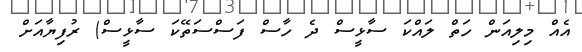
އެއް މިލިއަން ހަތް ލައްކަ ސާޅީސް ދެ ހާސް ފަސްސަތޭކަ ސާޅީސް) ރުފިޔާއަށް